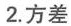
2. 方差